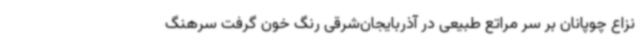
نزاع چوپانان بر سر مراتع طبیعی در آذربایجان‌شرقی رنگ خون گرفت سرهنگ